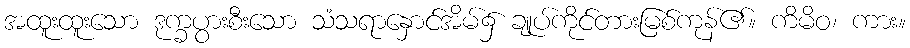
အထူးထူးသော ဒုက္ခပွားစီးသော သံသရာနှောင်အိမ်၌ ချုပ်ကိုင်တားမြစ်ကုန်၏။ ကိမိဝ၊ ကား။